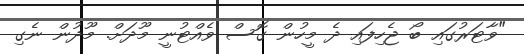
"ވާޓަރުގައި ބޯ ޖެހިފައި ދެ މީހުން ގޮސް ވެއްޓުނީ މޫދަށް. މޫދުން ނެގި